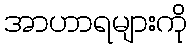
အာဟာရများကို